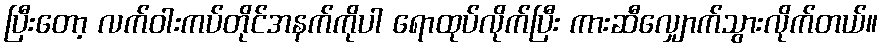
ပြီးတော့ လက်ဝါးကပ်တိုင်အနက်ကိုပါ ရောထုပ်လိုက်ပြီး ကားဆီလျှောက်သွားလိုက်တယ်။